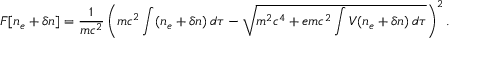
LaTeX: F [ n _ { e } + \delta n ] = { \frac { 1 } { m c ^ { 2 } } } \left( m c ^ { 2 } \int ( n _ { e } + \delta n ) \, d \tau - { \sqrt { m ^ { 2 } c ^ { 4 } + e m c ^ { 2 } \int V ( n _ { e } + \delta n ) \, d \tau } } \right) ^ { 2 } .